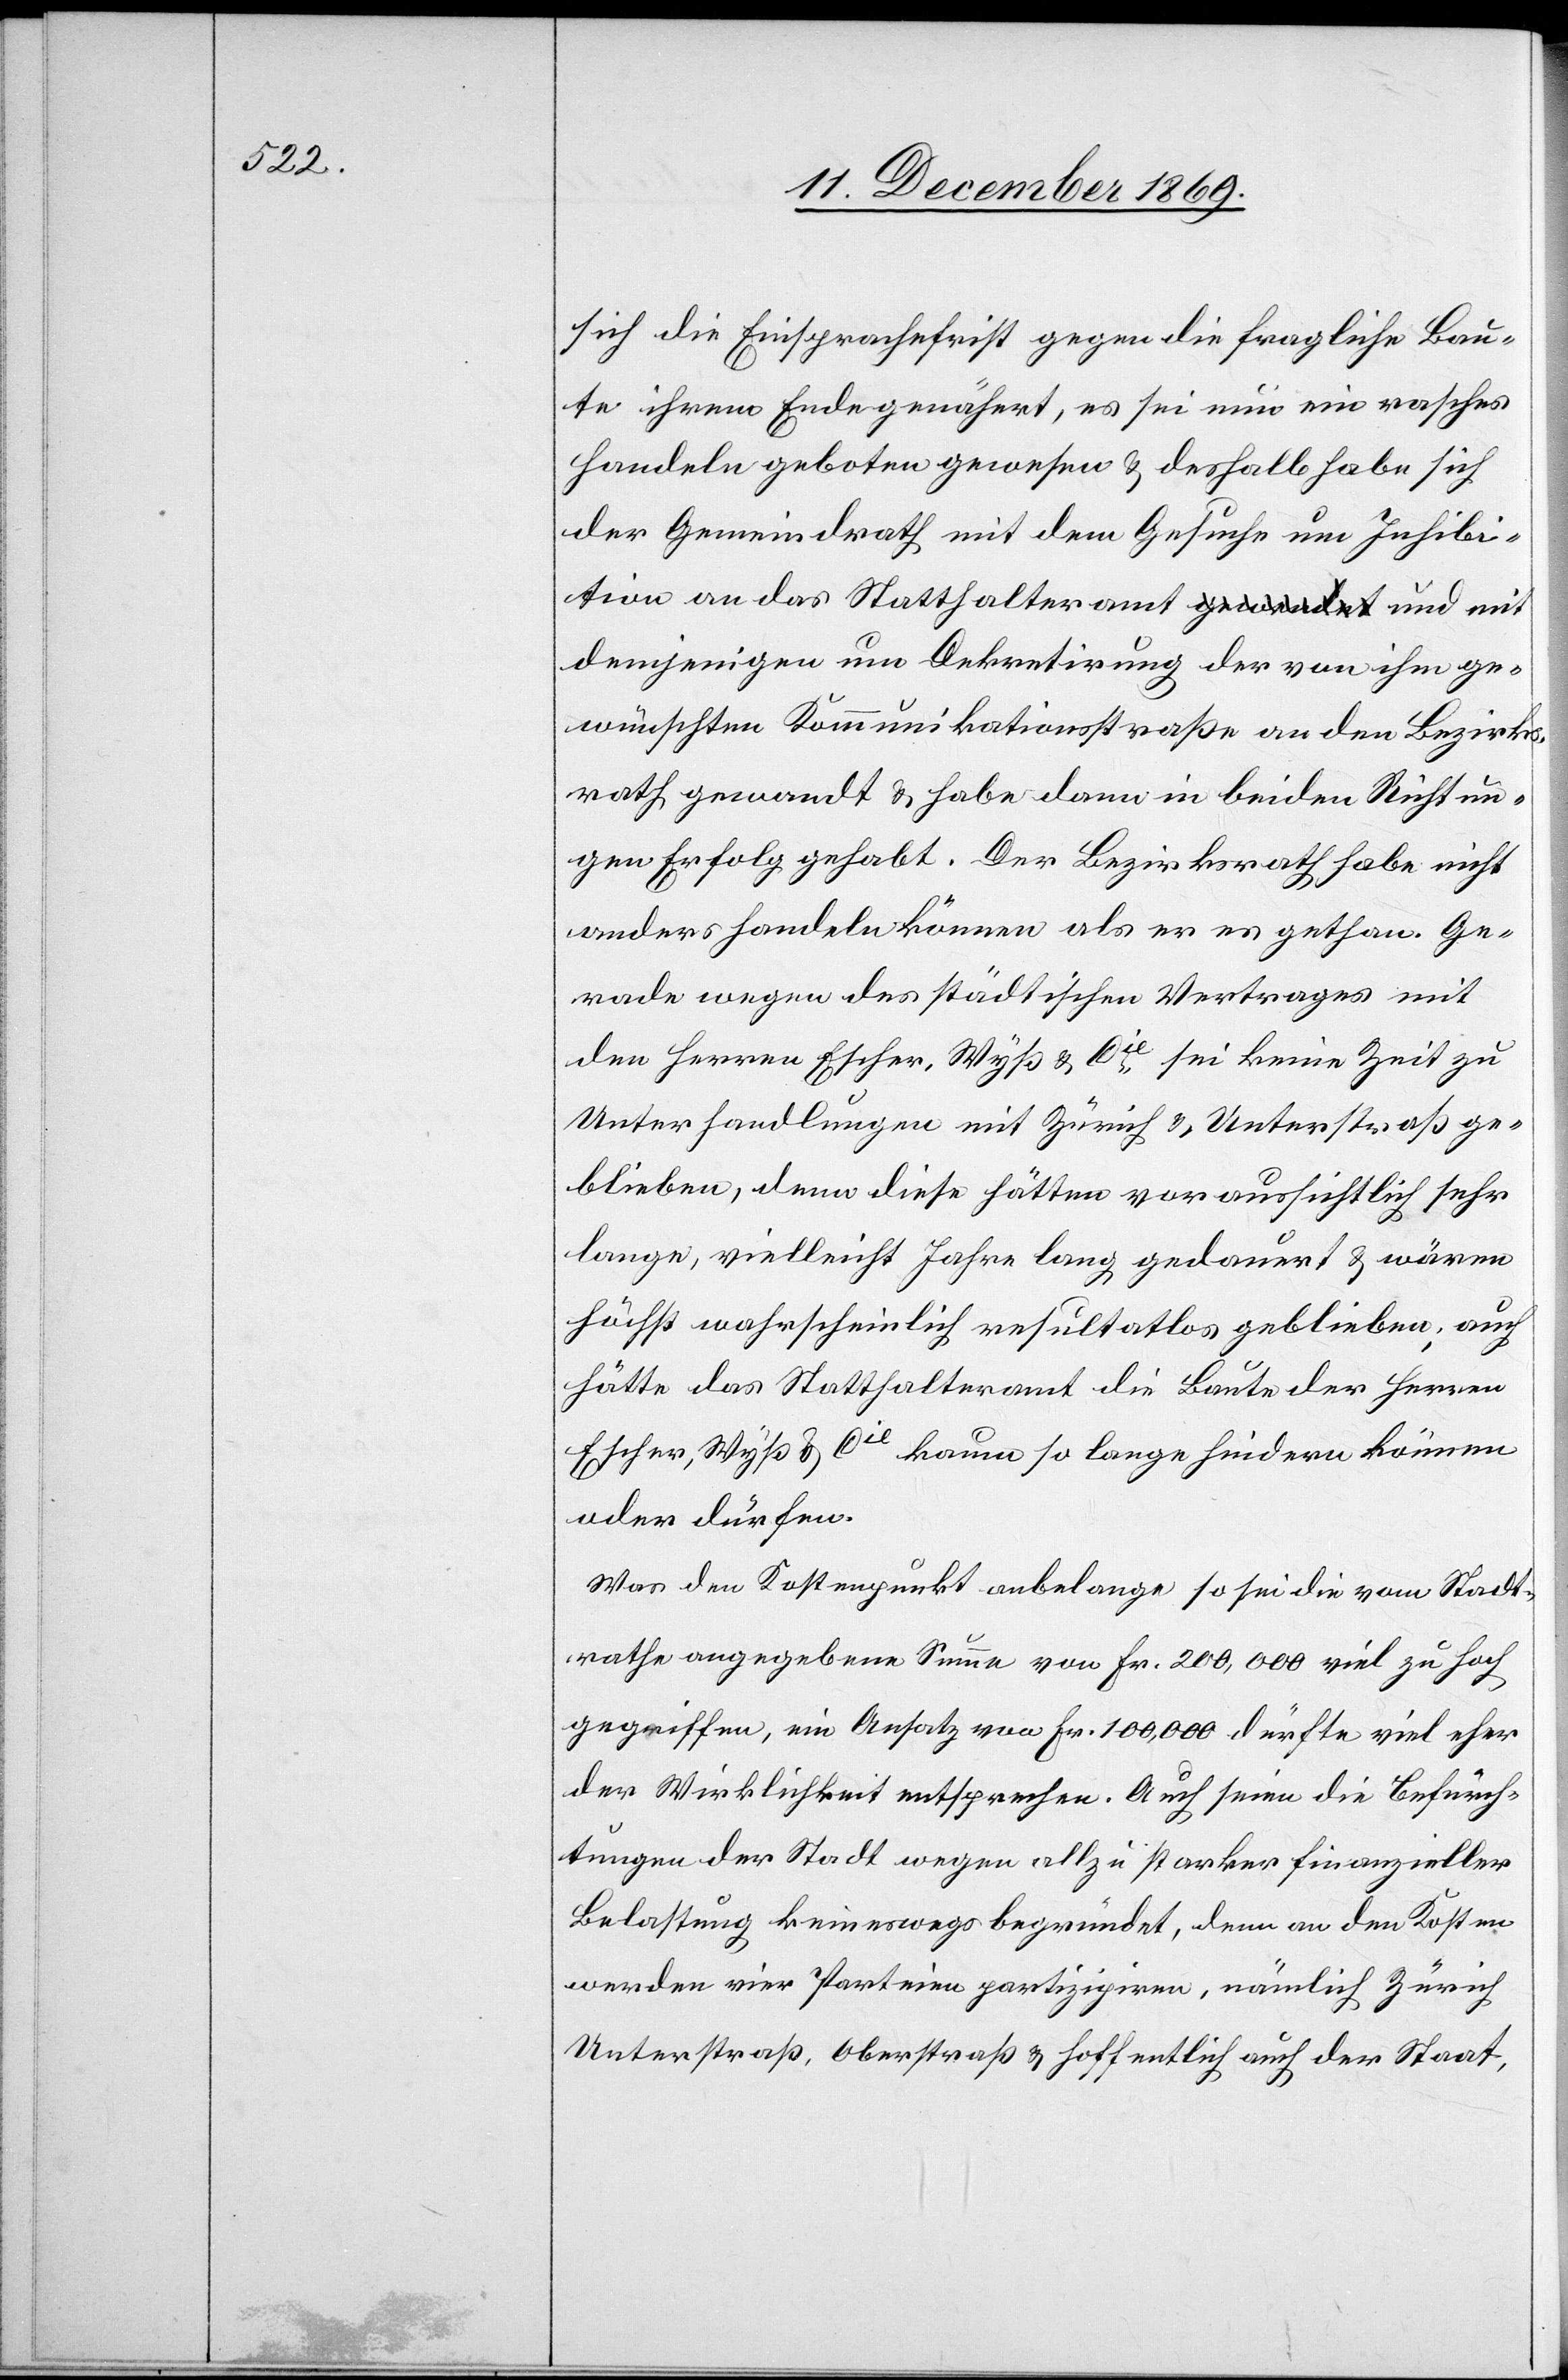
sich die Einsprachefrist gegen die fragliche Bau¬
te ihrem Ende genähert, es sei nun ein rasches
Handeln geboten gewesen & deshalb habe sich
der Gemeindrath mit dem Gesuche um Inhibi¬
tion an das Statthalteramt a-gewendet-a und mit
demjenigen um Dekretirung der von ihm ge¬
wünschten Kommunikationsstraße an den Bezirks¬
rath gewandt & habe dann in beiden Richtun¬
gen Erfolg gehabt. Der Bezirksrath habe nicht
anders handeln können als er es gethan. Ge¬
rade wegen des städtischen Vertrages mit
den Herren Escher, Wyß & Cie sei keine Zeit zu
Unterhandlungen mit Zürich & Unterstraß ge¬
blieben, denn diese hätten voraussichtlich sehr
lange, vielleicht Jahre lang gedauert & wären
höchst wahrscheinlich resultatlos geblieben; auch
hätte das Statthalteramt die Baute der Herren
Escher, Wyß & Cie kaum so lange hindern können
oder dürfen.
Was den Kostenpunkt anbelange so sei die vom Stadt¬
rathe angegebene Summe von Fr. 200,000 viel zu hoch
gegriffen, ein Ansatz von Fr. 100,000 dürfte viel eher
der Wirklichkeit entsprechen. Auch seien die Befürch¬
tungen der Stadt wegen allzu starker finanzieller
Belastung keineswegs begründet, denn an den Kosten
werden vier Parteien partizipiren, nämlich Zürich[,]
Unterstraß, Oberstraß & hoffentlich auch der Staat,